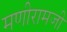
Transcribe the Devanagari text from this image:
मणीरामजी